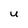
Character: U